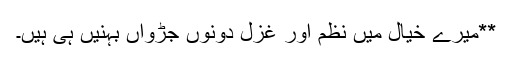
**میرے خیال میں نظم اور غزل دونوں جڑواں بہنیں ہی ہیں۔